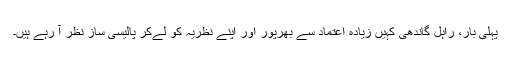
پہلی بار، راہل گاندھی کہیں زیادہ اعتماد سے بھرپور اور اپنے نظریہ کو لےکر پالیسی ساز نظر آ رہے ہیں۔